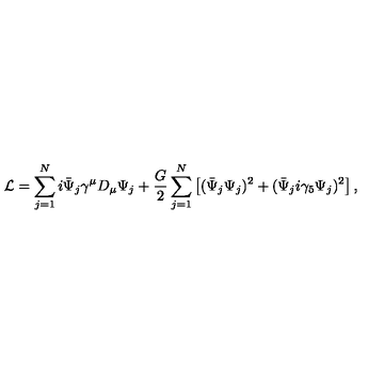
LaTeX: { \cal L } = \sum _ { j = 1 } ^ { N } i \bar { \Psi } _ { j } \gamma ^ { \mu } D _ { \mu } \Psi _ { j } + \frac { G } { 2 } \sum _ { j = 1 } ^ { N } \left[ ( \bar { \Psi } _ { j } \Psi _ { j } ) ^ { 2 } + ( \bar { \Psi } _ { j } i \gamma _ { 5 } \Psi _ { j } ) ^ { 2 } \right] ,